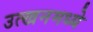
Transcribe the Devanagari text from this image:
उत्खनमध्ये